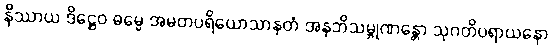
နိဿာယ ဒိဋ္ဌေဝ ဓမ္မေ အမတပရိယောသာနတံ အနဘိသမ္ဘုဏန္တော သုဂတိပရာယနော